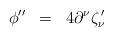
LaTeX: \begin{align*}\phi^{\prime\prime} \;\; =\;\; 4 \partial^{\nu} \zeta^{\,\prime}_{\nu} \end{align*}